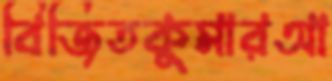
বিজিতকুমারআ